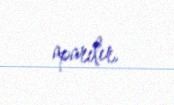
aparılır.